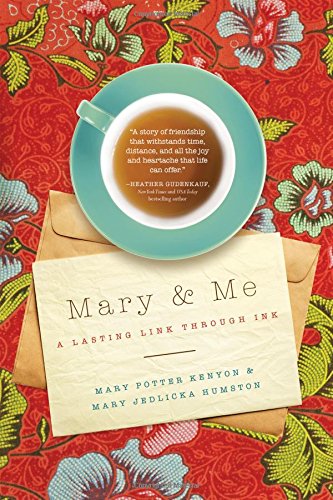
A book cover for Mary and Me: A Lasting Link Through Ink; Mary Potter Kenyon; Literature & Fiction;